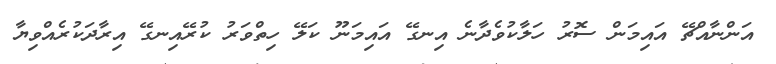
އަންނާއްޗޭ އައިމަން ސޮރު ހަލާކުވެދާނެ އިނގޭ އައިމަނޫ ކަލޭ ހިތްވަރު ކުރޭއިނގޭ އިރާދަކުރެއްވިޔާ